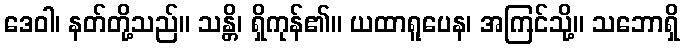
ဒေဝါ၊ နတ်တို့သည်။ သန္တိ၊ ရှိကုန်၏။ ယထာရူပေန၊ အကြင်သို့။ သဘောရှိ